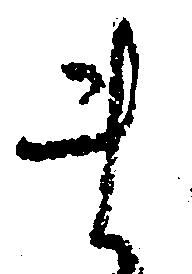
ま